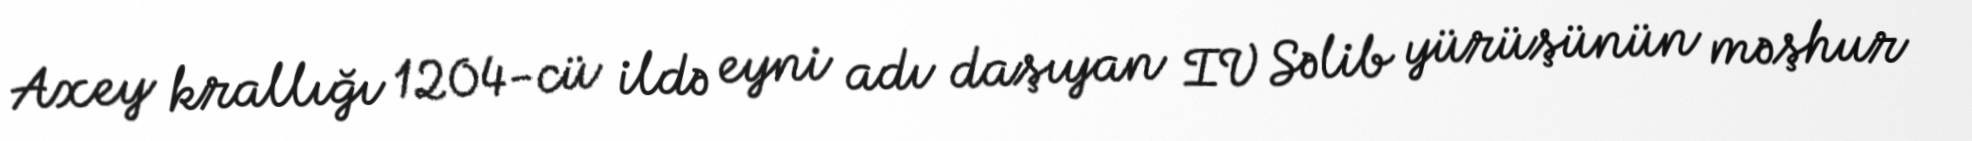
Axey krallığı 1204-cü ildə eyni adı daşıyan IV Səlib yürüşünün məşhur